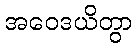
အဝေဒယိတွာ